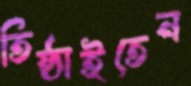
তিষ্ঠাইতেন